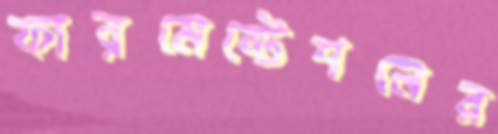
ফারমেন্টেশনের